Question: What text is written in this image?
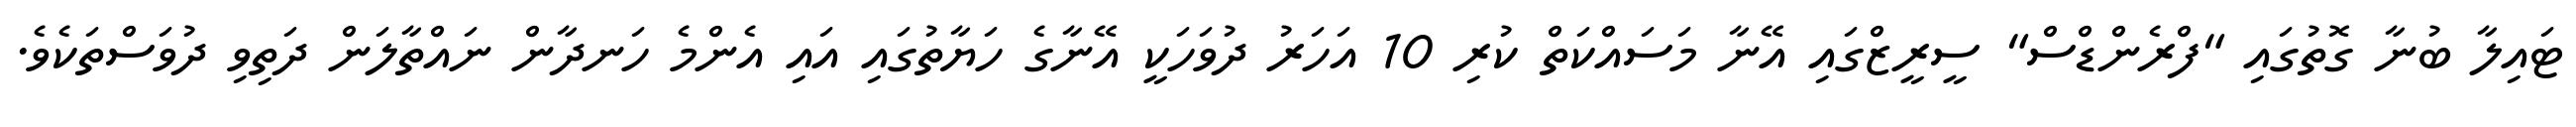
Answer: ޓައިލާ ބުނާ ގޮތުގައި "ފްރެންޑްސް" ސީރީޒްގައި އޭނާ މަސައްކަތް ކުރި 10 އަހަރު ދުވަހަކީ އޭނާގެ ހަޔާތުގައި އައި އެންމެ ހަނދާން ނައްތާލަން ދަތިވި ދުވަސްތަކެވެ.